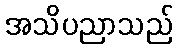
အသိပညာသည်